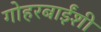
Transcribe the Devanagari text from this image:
गोहरबाईंशी